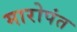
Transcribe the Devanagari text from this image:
मारोपंत